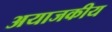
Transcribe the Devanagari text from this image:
अयाजकीय